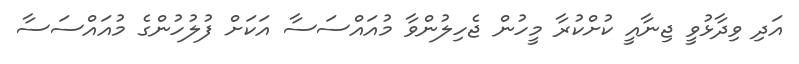
އަދި ވިދާޅުވީ ޖިނާއީ ކުށްކުރާ މީހުން ޖެހިލުންވާ މުއައްސަސާ އަކަށް ފުލުހުންގެ މުއައްސަސާ